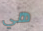
هي